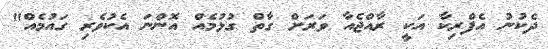
ދެކުނު އެފްރިކާ އަކީ ރާއްޖެއާ ވަރަށް ގާތް ގުޅުމެއް އޮންނަ އެކުވެރި ގައުމެއް"